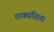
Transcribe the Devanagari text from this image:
वाक्संहिता